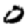
Digit: 0